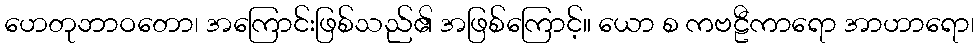
ဟေတုဘာဝတော၊ အကြောင်းဖြစ်သည်၏ အဖြစ်ကြောင့်။ ယော စ ကဗဠီကာရော အာဟာရော၊